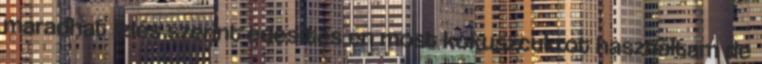
maradhat ízlés szerint édesítés én most kókuszcukrot használtam de